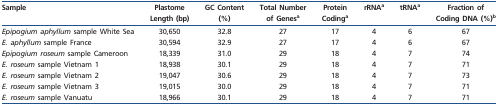
<table><thead><tr><td><b>Sample</b></td><td><b>Plastome Length (bp)</b></td><td><b>GC Content (%)</b></td><td><b>Total Number of Genes<sup>a</sup></b></td><td><b>Protein Coding<sup>a</sup></b></td><td><b>rRNA<sup>a</sup></b></td><td><b>tRNA<sup>a</sup></b></td><td><b>Fraction of Coding DNA (%)<sup>b</sup></b></td></tr></thead><tbody><tr><td><i>Epipogium aphyllum</i> sample White Sea</td><td>30,650</td><td>32.8</td><td>27</td><td>17</td><td>4</td><td>6</td><td>67</td></tr><tr><td><i>E. aphyllum</i> sample France</td><td>30,594</td><td>32.9</td><td>27</td><td>17</td><td>4</td><td>6</td><td>67</td></tr><tr><td><i>Epipogium roseum</i> sample Cameroon</td><td>18,339</td><td>31.0</td><td>29</td><td>18</td><td>4</td><td>7</td><td>74</td></tr><tr><td><i>E. roseum</i> sample Vietnam 1</td><td>18,938</td><td>30.1</td><td>29</td><td>18</td><td>4</td><td>7</td><td>71</td></tr><tr><td><i>E. roseum</i> sample Vietnam 2</td><td>19,047</td><td>30.6</td><td>29</td><td>18</td><td>4</td><td>7</td><td>73</td></tr><tr><td><i>E. roseum</i> sample Vietnam 3</td><td>19,015</td><td>30.0</td><td>29</td><td>18</td><td>4</td><td>7</td><td>71</td></tr><tr><td><i>E. roseum</i> sample Vanuatu</td><td>18,966</td><td>30.1</td><td>29</td><td>18</td><td>4</td><td>7</td><td>71</td></tr></tbody></table>